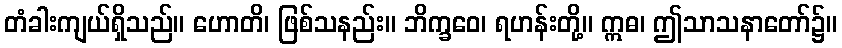
တံခါးကျယ်ရှိသည်။ ဟောတိ၊ ဖြစ်သနည်း။ ဘိက္ခဝေ၊ ရဟန်းတို့။ ဣဓ၊ ဤသာသနာတော်၌။